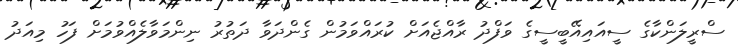
ސްރީލަންކާގެ ސީއައިއޭބީސީގެ ވަފްދު ރާއްޖެއަށް ކުރައްވަމުން ގެންދަވާ ދަތުރު ނިންމަވާލެއްވުމަށް ފަހު މިއަދު